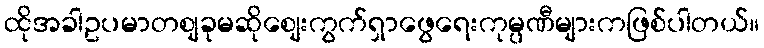
ထိုအခါဥပမာတစျခုမဆိုစျေးကွက်ရှာဖွေရေးကုမ္ပဏီများကဖြစ်ပါတယ်။